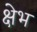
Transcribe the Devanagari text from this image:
क्षेभ